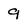
Character: 9